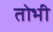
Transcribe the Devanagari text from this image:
तोभी